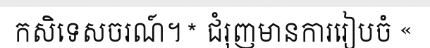
កសិទេសចរណ៍។* ជំរុញមានការរៀបចំ «